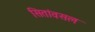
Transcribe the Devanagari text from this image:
सितांवसल